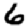
Digit: 6